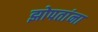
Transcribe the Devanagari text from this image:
झोपतांना